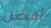
أفضل